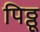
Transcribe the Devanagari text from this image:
पिठ्ठू